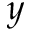
y